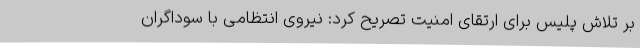
بر تلاش پلیس برای ارتقای امنیت تصریح کرد: نیروی انتظامی با سوداگران